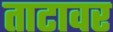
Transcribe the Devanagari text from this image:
ताटावर